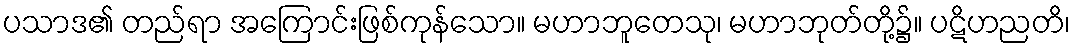
ပသာဒ၏ တည်ရာ အကြောင်းဖြစ်ကုန်သော။ မဟာဘူတေသု၊ မဟာဘုတ်တို့၌။ ပဋိဟညတိ၊